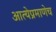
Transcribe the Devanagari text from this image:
आत्येप्रमाणेच